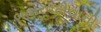
બહારવટીયાની